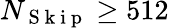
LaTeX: N_{\mathrm{~S~k~i~p~}}\geq 512